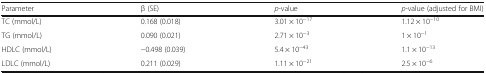
| Parameter | β (SE) | p-value | p-value (adjusted for BMI) |
 | --- | --- | --- | --- |
 | TC (mmol/L) | 0.168 (0.018) | 3.01 × 10−17 | 1.12 × 10−10 |
 | TG (mmol/L) | 0.090 (0.021) | 2.71 × 10−3 | 1 × 10−1 |
 | HDLC (mmol/L) | −0.498 (0.039) | 5.4 × 10−43 | 1.1 × 10−13 |
 | LDLC (mmol/L) | 0.211 (0.029) | 1.11 × 10−21 | 2.5 × 10−6 |